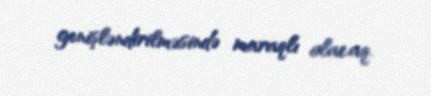
genişləndirilməsində maraqlı olacaq.